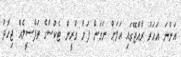
އަންނަ އަހަރު ރާއްޖޭގައި އަލަށް ނަގަން ފަށާ ގްރީން ޓެކްސްގެ ތަފްސީލެއް ޖިހާދު